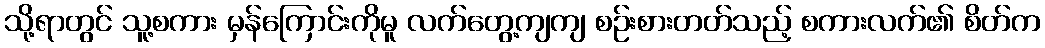
သို့ရာတွင် သူ့စကား မှန်ကြောင်းကိုမူ လက်တွေ့ကျကျ စဉ်းစားတတ်သည့် စကားလက်၏ စိတ်က